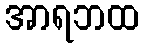
အာရဘထ